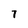
Character: 7